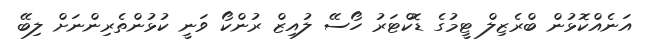
އަނެއްކޮޅުން ބްރެޒިލް ޓީމުގެ ޑޮކްޓަރު ހޯސޭ ލުއިޒް ރުންކޯ ވަނީ ކުޅުންތެރިންނަށް ލިބޭ